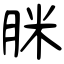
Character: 脒